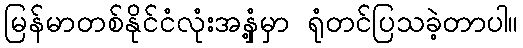
မြန်မာတစ်နိုင်ငံလုံးအနှံ့မှာ ရုံတင်ပြသခဲ့တာပါ။